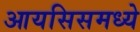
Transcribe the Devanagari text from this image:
आयसिसमध्ये